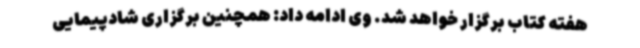
هفته کتاب برگزار خواهد شد. وی ادامه داد: همچنین برگزاری شادپیمایی